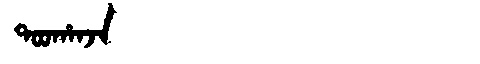
Manchu: ᡨᠣᠣᡥᠠᠨᠵᠠ
Romanization: TOOHANJA